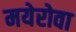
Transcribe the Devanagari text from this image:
मयेरोवा